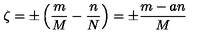
\zeta = \pm \left( \frac { m } { M } - \frac { n } { N } \right) = \pm \frac { m - a n } { M }